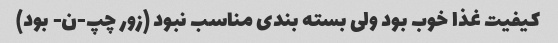
کیفیت غذا خوب بود ولی بسته بندی مناسب نبود (زور چپ-ن- بود)